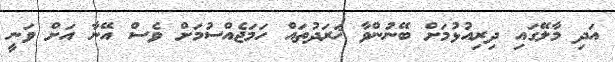
އަދި މާލޭގައި ދިރިއުޅުމަށް ބޭނުންވާ ޚަރަދުތައް ހަމަޖެއްސުމަށް ވެސް އޭނާ އަށް ވަނީ